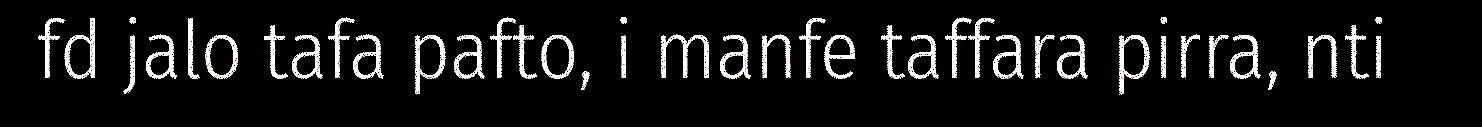
fd jalo tafa pafto, i manfe taffara pirra, nti